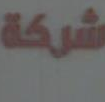
شركه